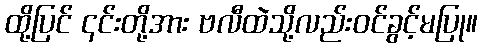
ထို့ပြင် ၎င်းတို့အား ဗလီထဲသို့လည်းဝင်ခွင့်မပြု။